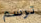
ترسم